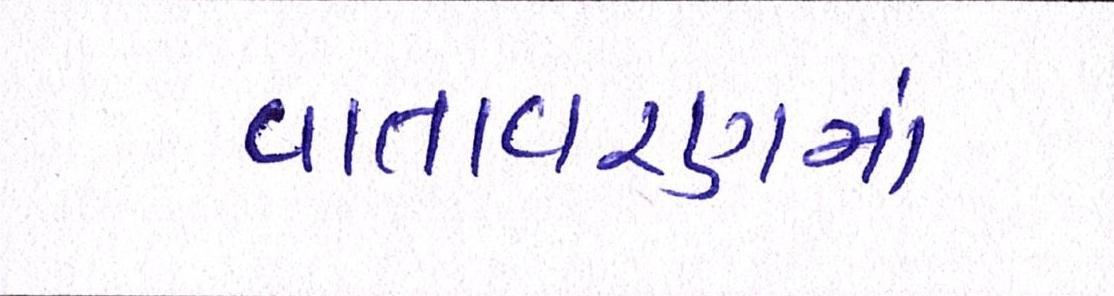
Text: વાતાવરણમાં